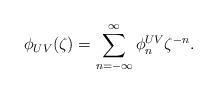
LaTeX: \begin{align*}\phi_{UV}(\zeta) = \sum_{n=-\infty}^{\infty} \phi^{UV}_n \zeta^{-n} \rlap{.}\end{align*}